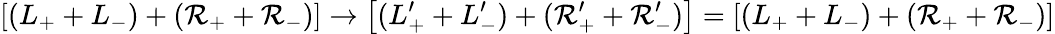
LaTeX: \left[(L_{+}+L_{-})+(\mathcal{R}_{+}+\mathcal{R}_{-})\right]\rightarrow\left[(L_{+}^{\prime}+L_{-}^{\prime})+(\mathcal{R}_{+}^{\prime}+\mathcal{R}_{-}^{\prime})\right]=\left[(L_{+}+L_{-})+(\mathcal{R}_{+}+\mathcal{R}_{-})\right]